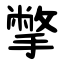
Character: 撆